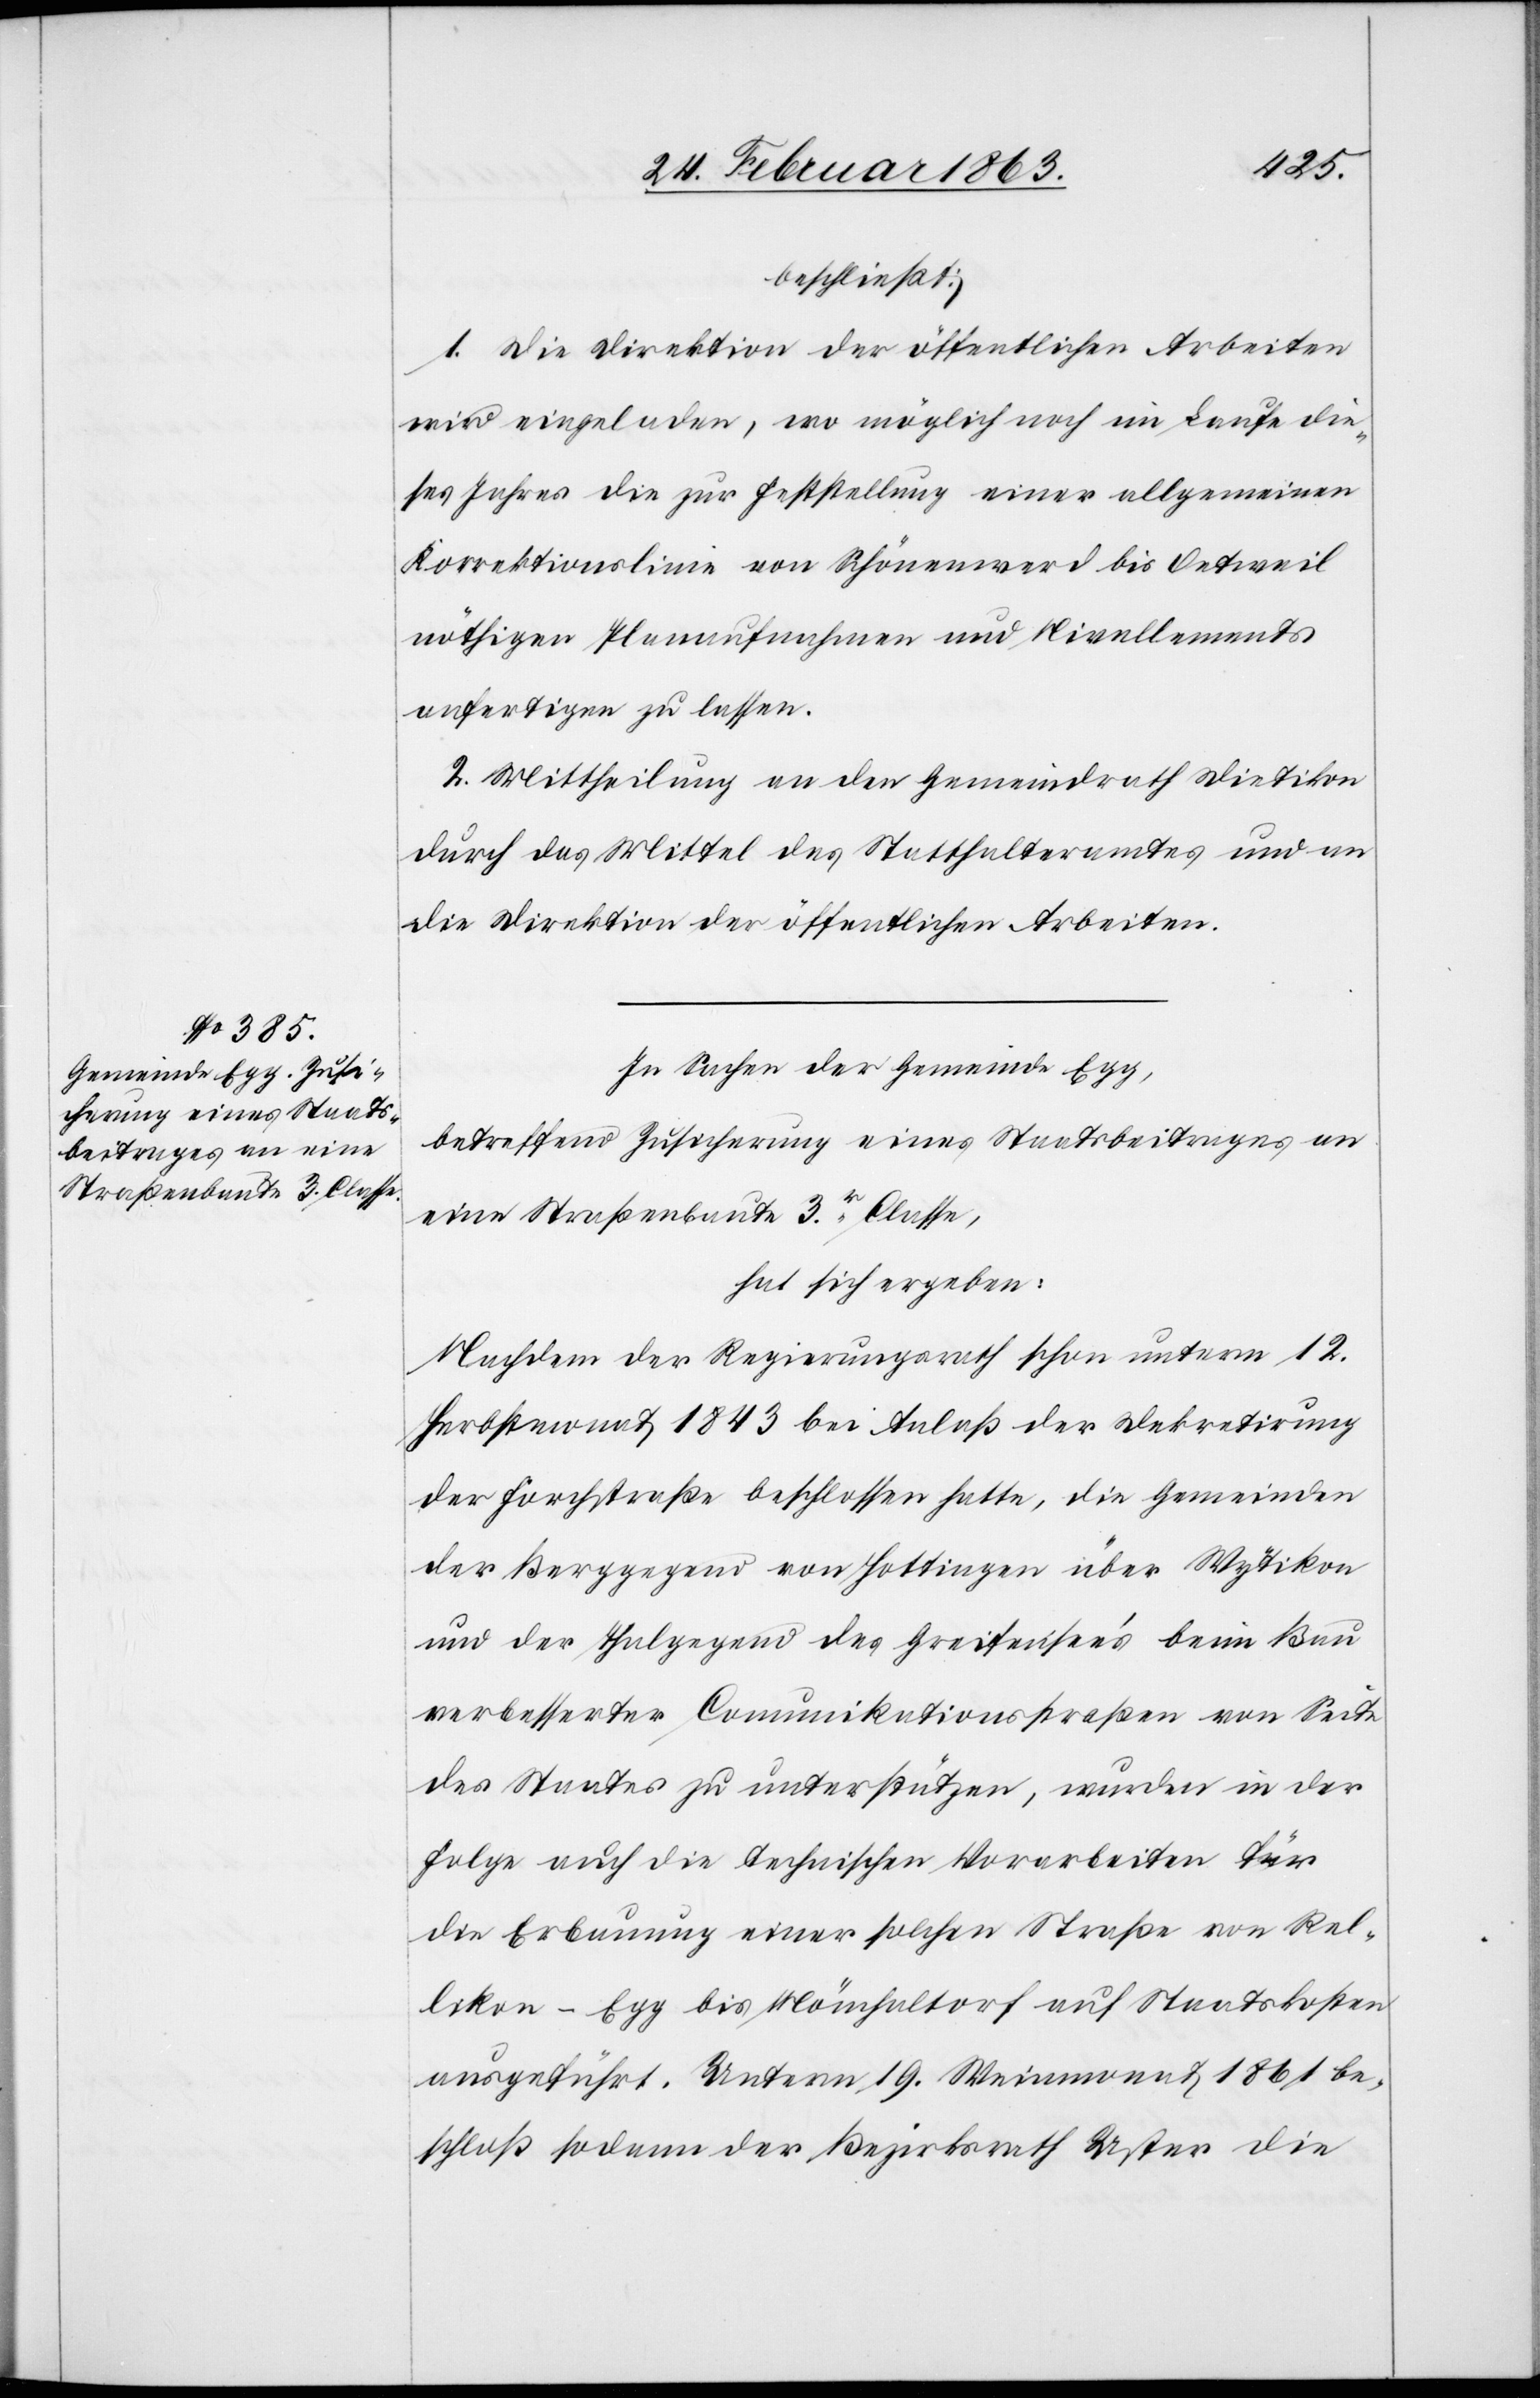
beschließt:
1. Die Direktion der öffentlichen Arbeiten
wird eingeladen, wo möglich noch im Laufe die¬
ses Jahres die zur Feststellung einer allgemeinen
Korrektionslinie von Schönenwerd bis Oetweil
nöthigen Planaufnahmen und Nivellements
anfertigen zu lassen.
2. Mittheilung an den Gemeindrath Dietikon
durch das Mittel des Statthalteramtes und an
die Direktion der öffentlichen Arbeiten.
In Sachen der Gemeinde Egg,
betreffend Zusicherung eines Staatsbeitrages an
eine Straßenbaute 3r. Classe,
hat sich ergeben:
Nachdem der Regierungsrath schon unterm 12.
Herbstmonat 1843 bei Anlaß der Dekretirung
der Forchstraße beschlossen hatte, die Gemeinden
der Berggegend von Hottingen über Wytikon
und der Thalgegend des Greifensee's beim Bau
verbesserter Comunikationsstraßen [sic!] von Seite
des Staates zu unterstützen, wurden in der
Folge auch die technischen Vorarbeiten für
die Erbauung einer solchen Straße von Rel¬
likon–Egg bis Mönchaltorf auf Staatskosten
ausgeführt. Unterm 19. Weinmonat 1861 be¬
schloß sodann der Bezirksrath Uster die